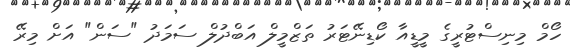
ހޯމް މިނިސްޓުރީގެ މީޑީއާ ކޯޑިނޭޓަރު ތަޒްމީލް އަބްދުލް ސަމަދު "ސަން" އަށް މިރޭ